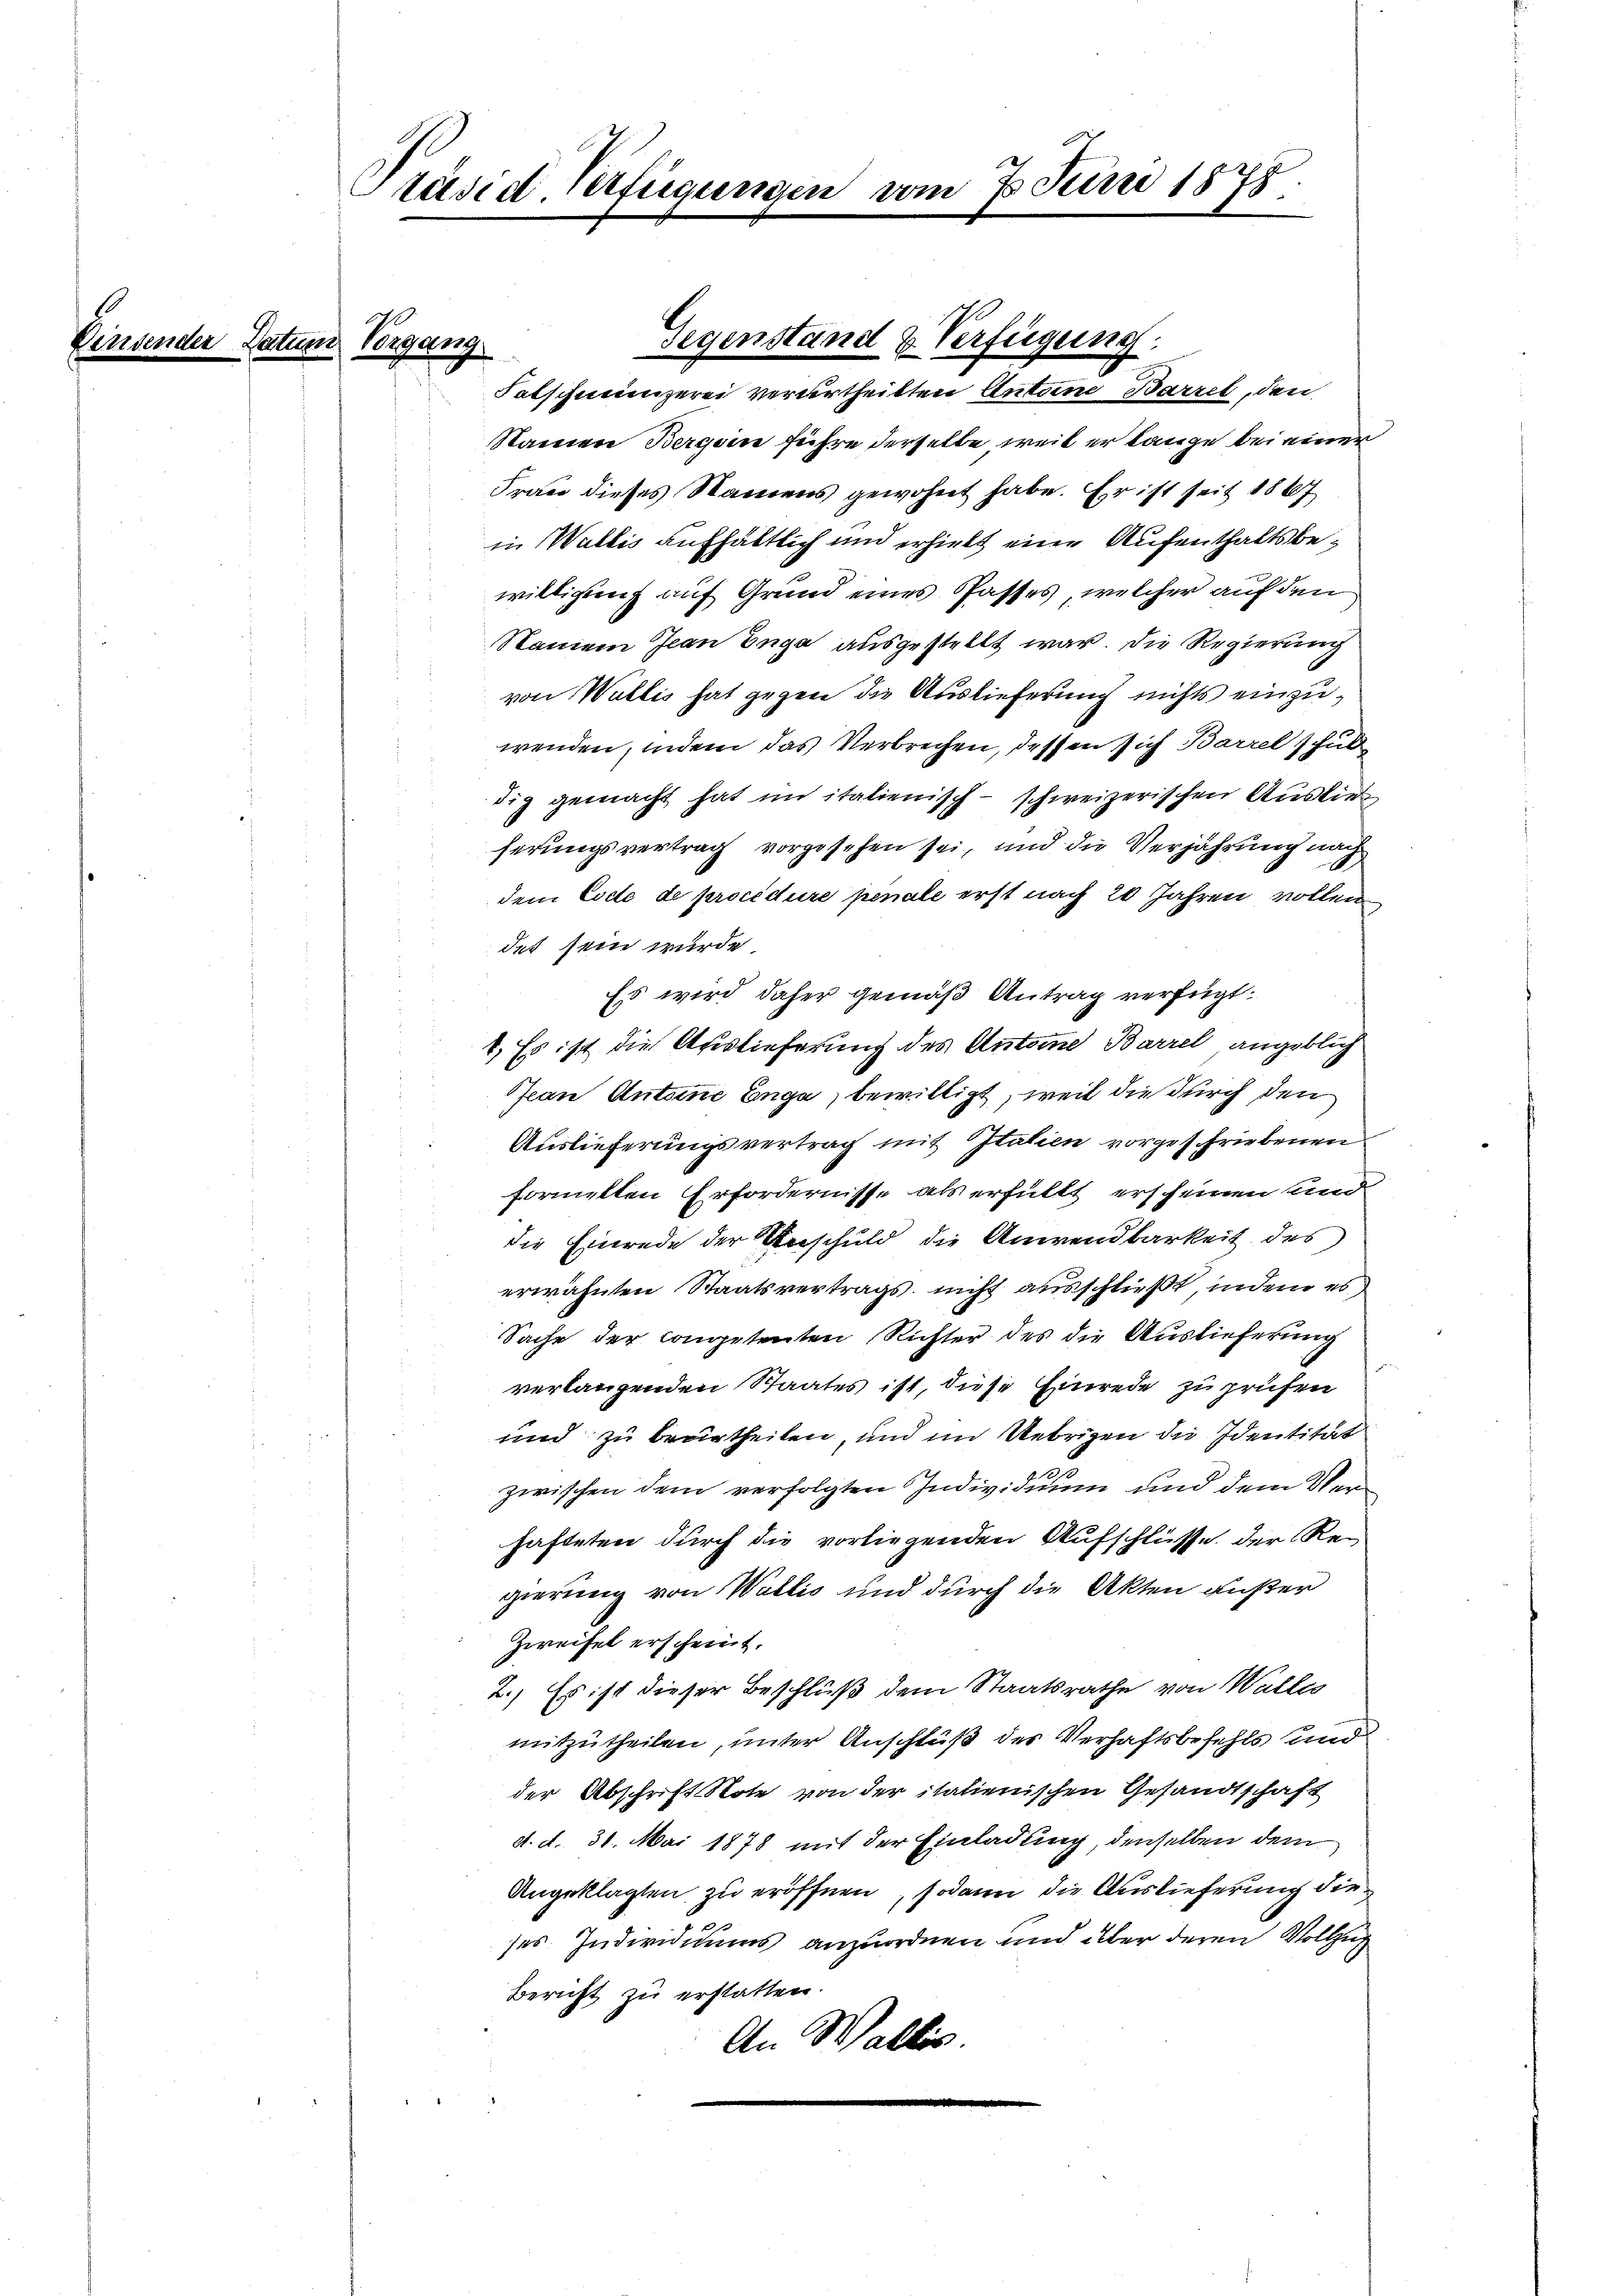
Penden

Präsid. Verfügungen vom 7. Juni 1875.

tun Vorgang

Patschneienzerei verurtheilten Antone Barzel, den
Namen Bergein führe derselbe weil er lange bei einer
Frau dieses Namens gewohnt habe. Er ist seit 1867
in Wallis aufhältlich und erhielt eine Aufenthaltsbewilligung auf Grund eines Passes, welcher auf den
Namen Jean Enge ausgestellt war. Die Regierung
von Wallis hat gegen die Auslieferung nichts einzuwenden, indem das Verbrechen, dessen sich Barzel schul
dig gemacht hat in italienisch-schweizerischen Auslie
herungsvertrag vorgesehen sei, und die Verjährung nach
dem Code de procédure penale erst nach 20 Jahren vollen
det sein wurde
Es wird daher gemäß Antrag verfügt:
1. Es ist die Auslieferung des Antone Barrel angeblich
Jean Antone Enge, bewilligt, weil die durch den
Auslieferungsvertrag mit Italien vorgeschriebenen
formelten Erfordernisse als erfüllt erscheinen und
die Einrede der Anschuld die Anwendbarkeit des
erwähnten Staatsvertrags, nicht ausschließt, indem es
Sache der competenten Richter des die Auslieferung
verlangenden Staates ist, diese Einrede zu prüfen
und zu beurtheilen, und im Uebrigen die Identität
zwischen dem verfolgten Individuum und dem Verhafteten durch die vorliegenden Aufschlüsse, der Regierung von Wallis und durch die Akten außer
Zweifel erscheint.
2.) Es ist dieser Beschluß dem Staatsrathe von Walles
mitzutheilen, unter Anschluß des Verhaftsbefehls und
der Abschrift Note von der italienischen Gesandtschaft
d. d. 31. Mai 1878 mit der Einladung, denselben dem
Angeklagten zu eröffnen, sodann die Auslieferung die
ses. Individiums anzuordnen und über deren Vollzug
Bericht zu erstatten.
An Wallis.

Gegenstand & Verfügung.